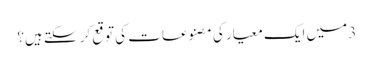
3 میں ایک معیار کی مصنوعات کی توقع کر سکتے ہیں؟